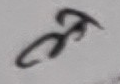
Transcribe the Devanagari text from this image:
त